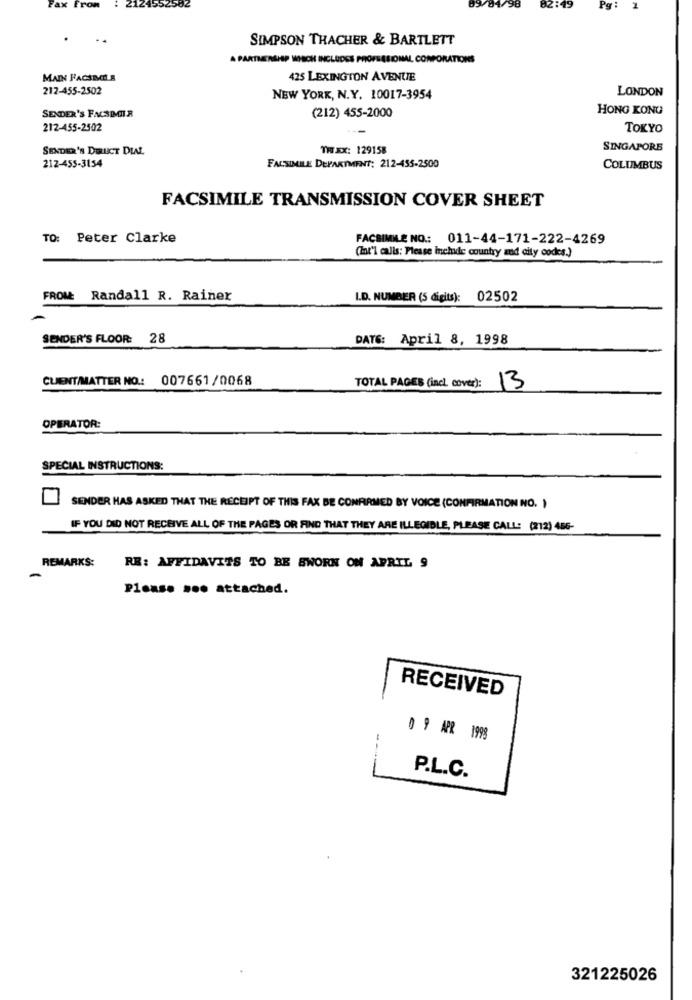
49
ax From
SIMPSON THACHER & BARTLETT
A PARTNERSHIP WHICH INCLUDES PROFESSIONAL CORPORATIONS
MAIN FACSICE B
425 LEXINGTON AVENUE
212-455-2502
LONDON
NEW YORK, N.Y. 10017-3954
(212) 455-2000
HONG KONG
SENDER'S FACSDOIR
212-455-2502
TOKYO
SENDER'S DIRUCT DIAL
THEX: 129158
SINGAPORE
212-455-3154
FACSIMILE DEPARTMENT: 212-455-2500
COLUMBUS
FACSIMILE TRANSMISSION COVER SHEET
TO: Peter Clarke
FACSIMILE NO .: 011-44-171-222-4269
(Int'l calls: Please inchide country and city codes.)
FROM: Randall R. Rainer
I.D. NUMBER (5 digits): 02502
SENDER'S FLOOR: 28
DATE: April 8, 1998
CLIENT/MATTER NO .: 007661/0068
TOTAL PAGES (incl. cover):
13
OPERATOR:
SPECIAL INSTRUCTIONS:
SENDER HAS ASKED THAT THE RECEIPT OF THIS FAX BE CONFIRMED BY VOICE (CONFIRMATION NO. )
IF YOU DID NOT RECEIVE ALL OF THE PAGES OR FIND THAT THEY ARE ILLEGIBLE, PLEASE CALL: (212) 456-
REMARKS:
RE: AFFIDAVITS TO BE SWORN ON APRIL 9
-
Please ... attached.
RECEIVED
0 9 APR 1998
P.L.C.
321225026